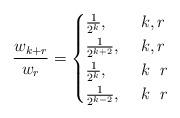
LaTeX: \begin{align*} \frac{w_{k+r}}{w_{r}}= \begin{cases} \frac{1}{2^{k}},& ~k,r~ \\ \frac{1}{2^{k+2}},& ~k,r~ \\ \frac{1}{2^{k}},& ~k~~r~ \\ \frac{1}{2^{k-2}},& ~k~~r~ \end{cases}\end{align*}